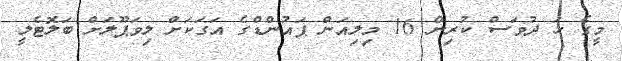
މީގެ ހަ ދުވަސް ކުރިން 16 މިލިއަން ޕައުންޑްގެ އަގަކަށް ލިވަޕޫލަށް ބަލޮޓެލީ